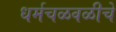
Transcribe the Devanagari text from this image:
धर्मचळवळीचे